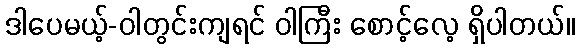
ဒါပေမယ့်-ဝါတွင်းကျရင် ဝါကြီး စောင့်လေ့ ရှိပါတယ်။